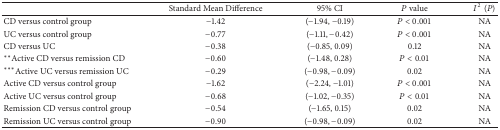
|  | Standard Mean Difference | 95% CI | P value | I2(P) |
 | --- | --- | --- | --- | --- |
 | CD versus control group | −1.42 | (−1.94, −0.19) | P < 0.001 | NA |
 | UC versus control group | −0.77 | (−1.11, −0.42) | P < 0.001 | NA |
 | CD versus UC | −0.38 | (−0.85, 0.09) | 0.12 | NA |
 | ∗∗Active CD versus remission CD | −0.60 | (−1.48, 0.28) | P < 0.01 | NA |
 | ∗∗∗Active UC versus remission UC | −0.29 | (−0.98, −0.09) | 0.02 | NA |
 | Active CD versus control group | −1.62 | (−2.24, −1.01) | P < 0.001 | NA |
 | Active UC versus control group | −0.68 | (−1.02, −0.35) | P < 0.01 | NA |
 | Remission CD versus control group | −0.54 | (−1.65, 0.15) | 0.02 | NA |
 | Remission UC versus control group | −0.90 | (−0.98, −0.09) | 0.02 | NA |